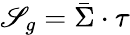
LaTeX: \mathscr{S}_{g}=\bar{{\Sigma}}\cdot\tau